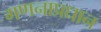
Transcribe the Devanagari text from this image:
गणनाप्रधान